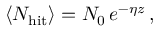
\left< N _ { \mathrm { h i t } } \right> = N _ { 0 } \, e ^ { - \eta z } \, ,